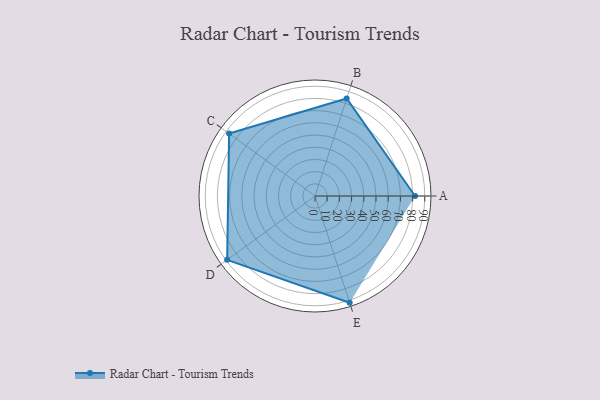
{"axis": {"x": "Skill", "y": "Score"}, "legend": ["Profile"], "data": [{"x": "A", "y": 82.0, "type": "Profile"}, {"x": "B", "y": 84.0, "type": "Profile"}, {"x": "C", "y": 87.0, "type": "Profile"}, {"x": "D", "y": 89.0, "type": "Profile"}, {"x": "E", "y": 92.0, "type": "Profile"}]}